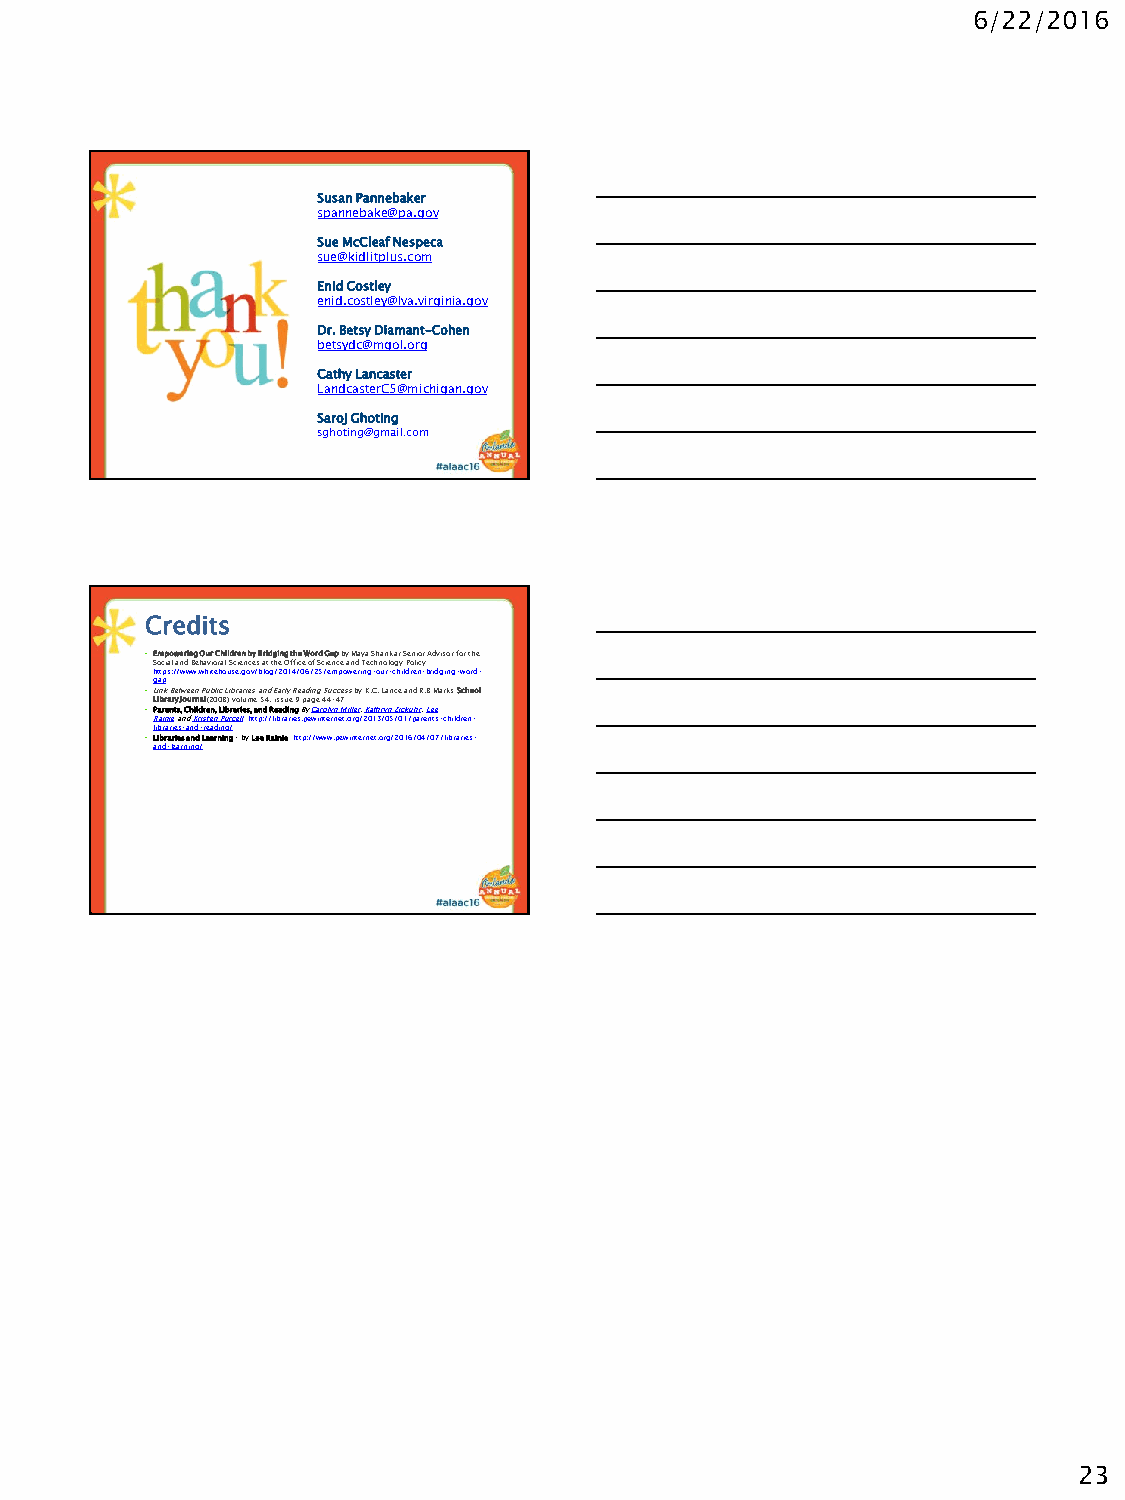
6/22/2016
 Susan Pannebaker
 spannebake@pa.gov
 Sue McCleaf Nespeca
 sue@kidlitplus.com
 Enid Costley
 enid.costley@lva.virginia.gov
 Dr. Betsy Diamant-Cohen
 betsydc@mgol.org
 Cathy Lancaster
 LandcasterC5@michigan.gov
 Saroj Ghoting
 sghoting@gmail.com
 Credits
 •Empowering Our Children by Bridging the Word Gap by Maya Shankar Senior Advisor for the
 Social and Behavioral Sciences at the Office of Science and Technology Policy
 https://www.whitehouse.gov/blog/2014/06/25/empowering-our-children-bridging-word-
 gap
 •Link Between Public Libraries and Early Reading Success by K.C. Lance and R.B Marks School
 Library Journal (2008) volume 54, issue 9 page 44-47
 •Parents, Children, Libraries, and Reading ByCarolyn Miller,Kathryn Zickuhr,Lee
 RainieandKristen Purcellhttp://libraries.pewinternet.org/2013/05/01/parents-children-
 libraries-and-reading/
 •Libraries and Learning –by Lee Rainie http://www.pewinternet.org/2016/04/07/libraries-
 and-learning/
 23